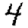
Digit: 4